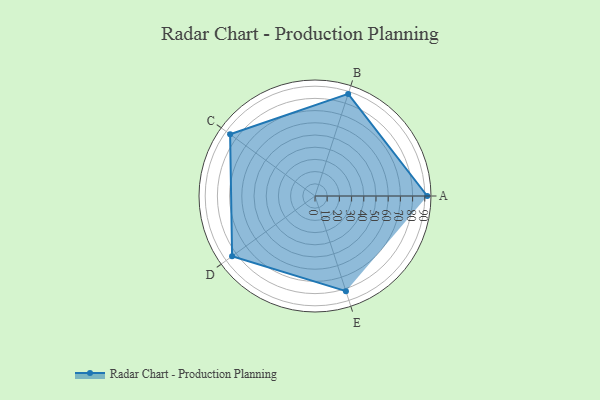
{"axis": {"x": "Skill", "y": "Score"}, "legend": ["Profile"], "data": [{"x": "A", "y": 92.0, "type": "Profile"}, {"x": "B", "y": 88.0, "type": "Profile"}, {"x": "C", "y": 86.0, "type": "Profile"}, {"x": "D", "y": 84.0, "type": "Profile"}, {"x": "E", "y": 82.0, "type": "Profile"}]}